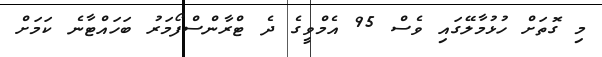
މި ގޮތަށް ހުޅުމާލޭގައި ވެސް 95 އެމްވީގެ ދެ ޓްރާންސްފޯމަރު ބަހައްޓާނެ ކަމަށް